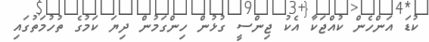
ކުޑަ އަންހެން ކުއްޖަކާ އެކު ޖިންސީ ގުޅުން ހިންގަމުން ދިޔަ ކަމުގެ ތުހުމަތުގައި